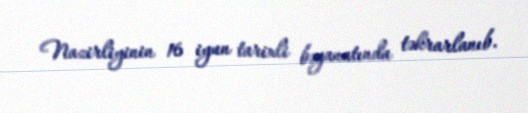
Nazirliyinin 16 iyun tarixli bəyanatında təkrarlanıb.